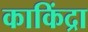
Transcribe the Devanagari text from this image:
काकिंद्रा